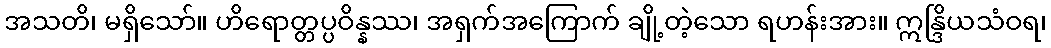
အသတိ၊ မရှိသော်။ ဟိရောတ္တပ္ပဝိန္နဿ၊ အရှက်အကြောက် ချို့တဲ့သော ရဟန်းအား။ ဣန္ဒြိယသံဝရ၊